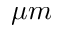
\mu m